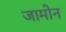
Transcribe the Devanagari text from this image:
जामोन